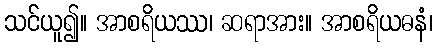
သင်ယူ၍။ အာစရိယဿ၊ ဆရာအား။ အာစရိယဓနံ၊